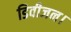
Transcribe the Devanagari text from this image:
डिवीजन।